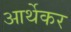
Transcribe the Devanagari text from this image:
आर्थेकर